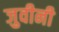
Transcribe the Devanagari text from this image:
जुवीनी